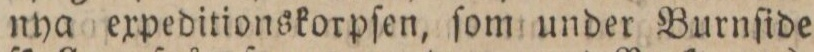
nya expeditionskorpſen, ſom under Burnſide